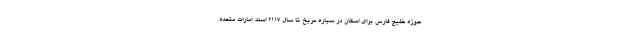
حوزه خلیج فارس برای اسکان در سیاره مریخ تا سال ۲۱۱۷ است. امارات متحده